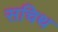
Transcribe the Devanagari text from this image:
सचिथ